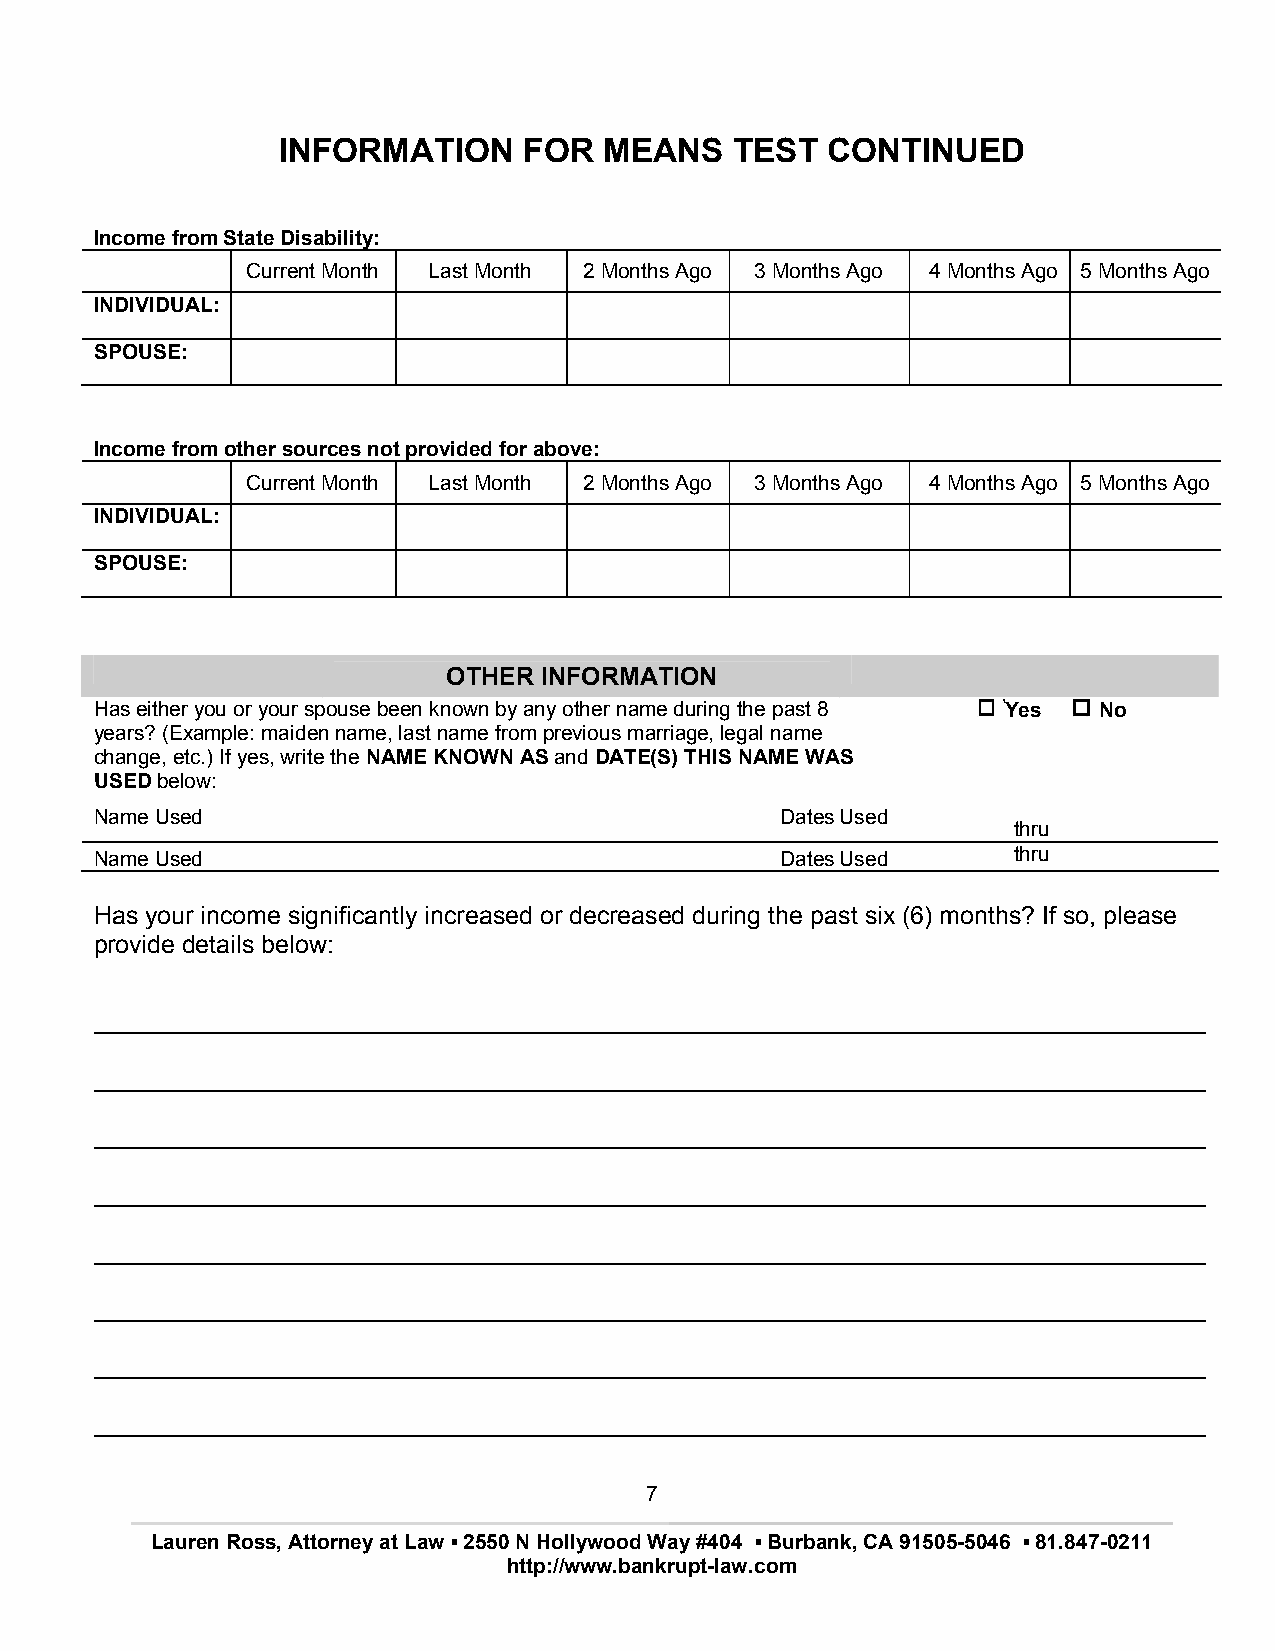
INFORMATION      FOR  MEANS    TEST  CONTINUED
 Income from State Disability:
 Current Month Last Month 2 Months Ago 3 Months Ago 4 Months Ago 5 Months Ago
 INDIVIDUAL:
 SPOUSE:
 Income from other sources not provided for above:
 Current Month Last Month 2 Months Ago 3 Months Ago 4 Months Ago 5 Months Ago
 INDIVIDUAL:
 SPOUSE:
 OTHER INFORMATION
 Has either you or your spouse been known by any other name during the past 8 Yes No
 years? (Example: maiden name, last name from previous marriage, legal name
 change, etc.) If yes, write the NAME KNOWN AS and DATE(S) THIS NAME WAS
 USED below:
 Name Used                                     Dates Used
 thru
 Name Used                                     Dates Used     thru
 Has your income significantly increased or decreased during the past six (6) months? If so, please
 provide details below:
 ________________________________________________________________________________
 ________________________________________________________________________________
 ________________________________________________________________________________
 ________________________________________________________________________________
 ________________________________________________________________________________
 ________________________________________________________________________________
 ________________________________________________________________________________
 ________________________________________________________________________________
 7
 Lauren Ross, Attorney at Law ▪ 2550 N Hollywood Way #404 ▪ Burbank, CA 91505-5046 ▪ 81.847-0211
 http://www.bankrupt-law.com